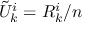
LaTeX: { \tilde { U } } _ { k } ^ { i } = R _ { k } ^ { i } / n